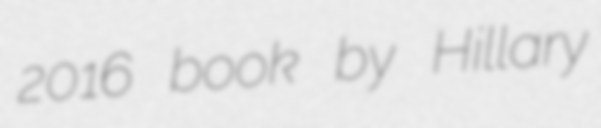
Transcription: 2016 book by Hillary